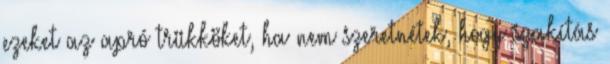
ezeket az apró trükköket, ha nem szeretnétek, hogy szakítás